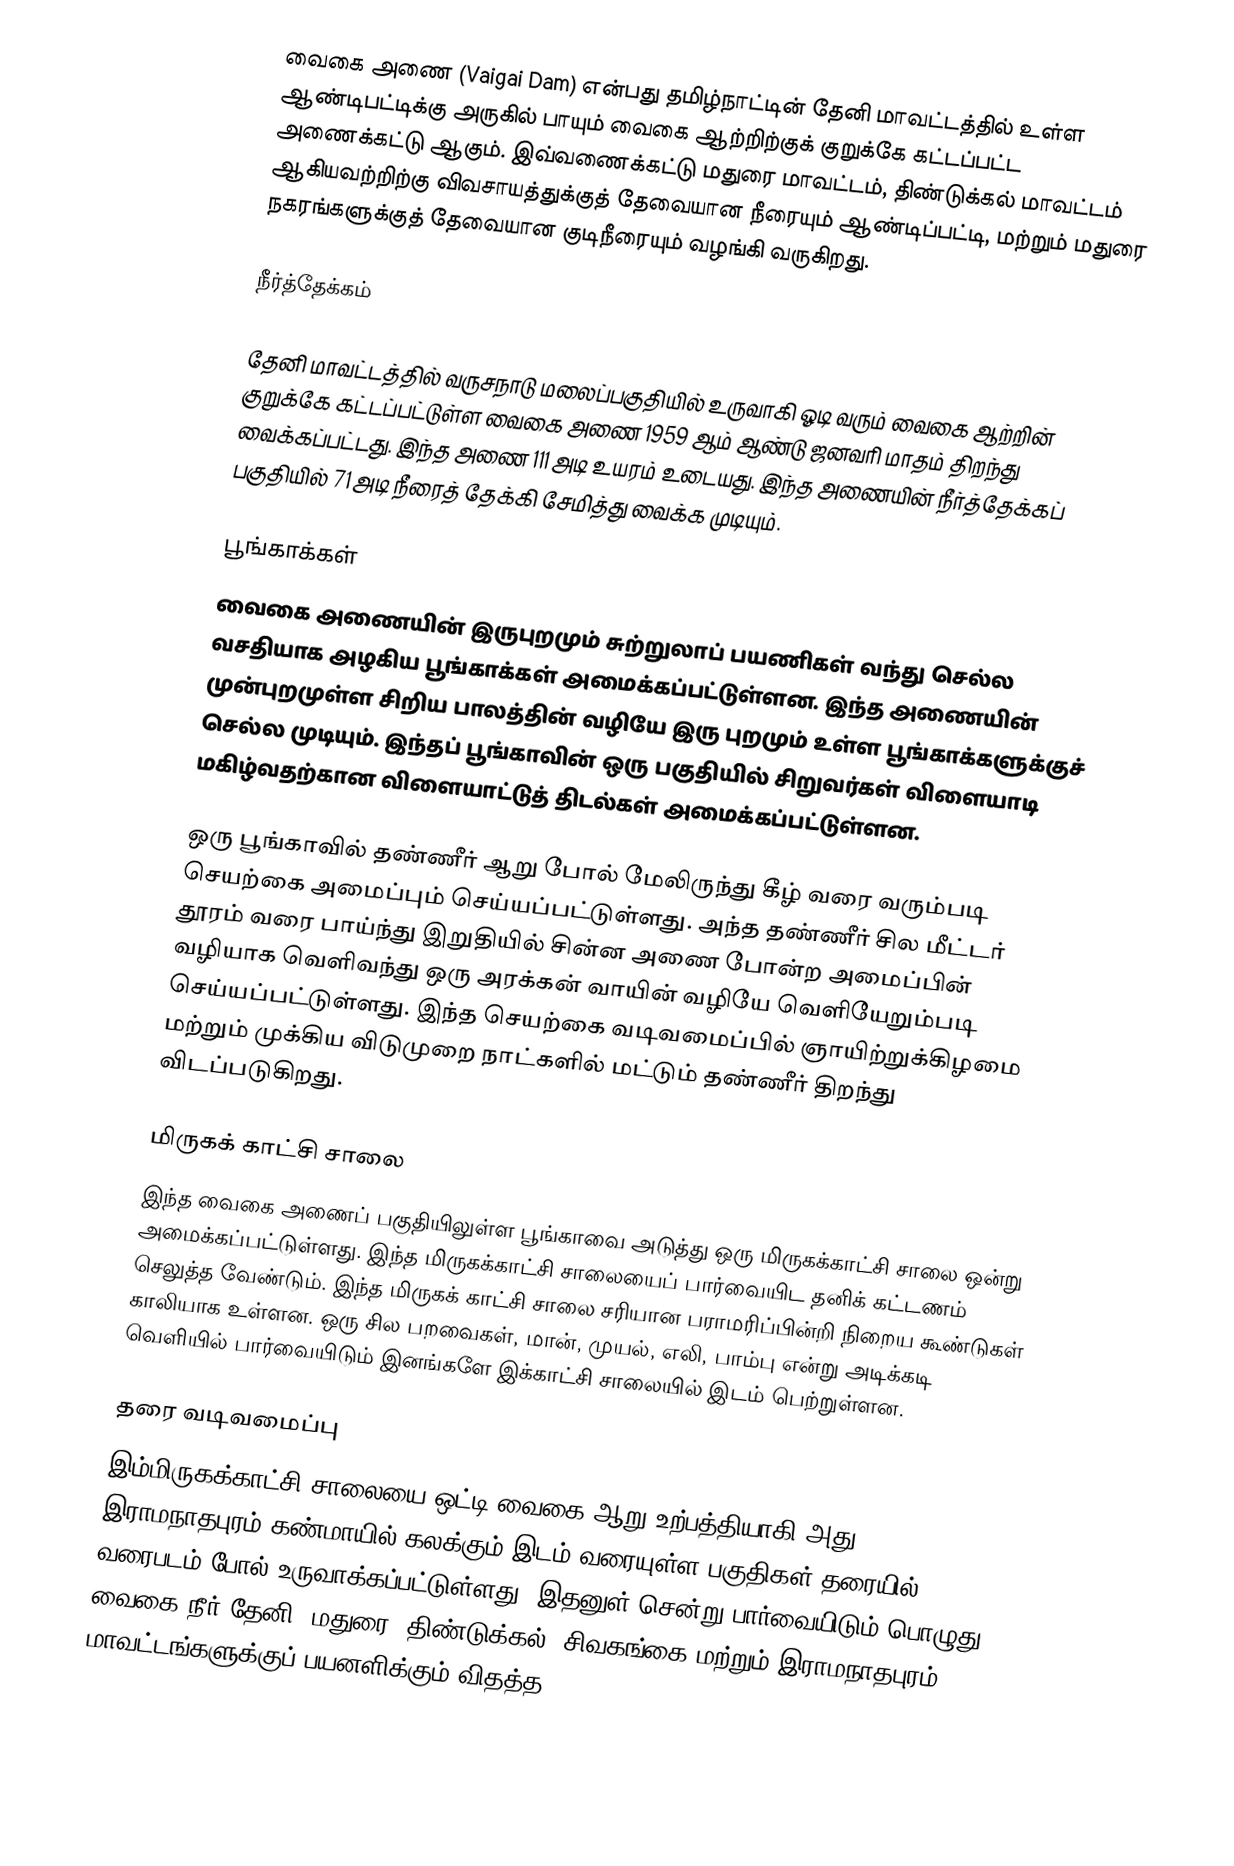
வைகை அணை (Vaigai Dam) என்பது தமிழ்நாட்டின் தேனி மாவட்டத்தில் உள்ள ஆண்டிபட்டிக்கு அருகில் பாயும் வைகை ஆற்றிற்குக் குறுக்கே கட்டப்பட்ட அணைக்கட்டு ஆகும். இவ்வணைக்கட்டு மதுரை மாவட்டம், திண்டுக்கல் மாவட்டம் ஆகியவற்றிற்கு விவசாயத்துக்குத் தேவையான நீரையும் ஆண்டிப்பட்டி, மற்றும் மதுரை நகரங்களுக்குத் தேவையான குடிநீரையும் வழங்கி வருகிறது.

நீர்த்தேக்கம்

தேனி மாவட்டத்தில் வருசநாடு மலைப்பகுதியில் உருவாகி ஓடி வரும் வைகை ஆற்றின் குறுக்கே கட்டப்பட்டுள்ள வைகை அணை 1959 ஆம் ஆண்டு ஜனவரி மாதம் திறந்து வைக்கப்பட்டது. இந்த அணை 111 அடி உயரம் உடையது. இந்த அணையின் நீர்த்தேக்கப் பகுதியில் 71 அடி நீரைத் தேக்கி சேமித்து வைக்க முடியும்.

பூங்காக்கள்
வைகை அணையின் இருபுறமும் சுற்றுலாப் பயணிகள் வந்து செல்ல வசதியாக அழகிய பூங்காக்கள் அமைக்கப்பட்டுள்ளன. இந்த அணையின் முன்புறமுள்ள சிறிய பாலத்தின் வழியே இரு புறமும் உள்ள பூங்காக்களுக்குச் செல்ல முடியும். இந்தப் பூங்காவின் ஒரு பகுதியில் சிறுவர்கள் விளையாடி மகிழ்வதற்கான விளையாட்டுத் திடல்கள் அமைக்கப்பட்டுள்ளன.

ஒரு பூங்காவில் தண்ணீர் ஆறு போல் மேலிருந்து கீழ் வரை வரும்படி செயற்கை அமைப்பும் செய்யப்பட்டுள்ளது. அந்த தண்ணீர் சில மீட்டர் தூரம் வரை பாய்ந்து இறுதியில் சின்ன அணை போன்ற அமைப்பின் வழியாக வெளிவந்து ஒரு அரக்கன் வாயின் வழியே வெளியேறும்படி செய்யப்பட்டுள்ளது. இந்த செயற்கை வடிவமைப்பில் ஞாயிற்றுக்கிழமை மற்றும் முக்கிய விடுமுறை நாட்களில் மட்டும் தண்ணீர் திறந்து விடப்படுகிறது.

மிருகக் காட்சி சாலை
இந்த வைகை அணைப் பகுதியிலுள்ள பூங்காவை அடுத்து ஒரு மிருகக்காட்சி சாலை ஒன்று அமைக்கப்பட்டுள்ளது. இந்த மிருகக்காட்சி சாலையைப் பார்வையிட தனிக் கட்டணம் செலுத்த வேண்டும். இந்த மிருகக் காட்சி சாலை சரியான பராமரிப்பின்றி நிறைய கூண்டுகள் காலியாக உள்ளன. ஒரு சில பறவைகள், மான், முயல், எலி, பாம்பு என்று அடிக்கடி வெளியில் பார்வையிடும் இனங்களே இக்காட்சி சாலையில் இடம் பெற்றுள்ளன.

தரை வடிவமைப்பு
இம்மிருகக்காட்சி சாலையை ஒட்டி வைகை ஆறு உற்பத்தியாகி அது இராமநாதபுரம் கண்மாயில் கலக்கும் இடம் வரையுள்ள பகுதிகள் தரையில் வரைபடம் போல் உருவாக்கப்பட்டுள்ளது. இதனுள் சென்று பார்வையிடும் பொழுது வைகை நீர் தேனி, மதுரை, திண்டுக்கல், சிவகங்கை மற்றும் இராமநாதபுரம் மாவட்டங்களுக்குப் பயனளிக்கும் விதத்த